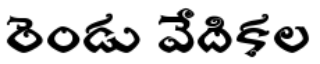
రెండు వేదికల